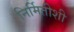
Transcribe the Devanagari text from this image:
निर्मितीशी